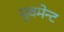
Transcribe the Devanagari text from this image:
मुवमेन्ट